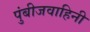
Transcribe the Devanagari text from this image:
पुंबीजवाहिनी